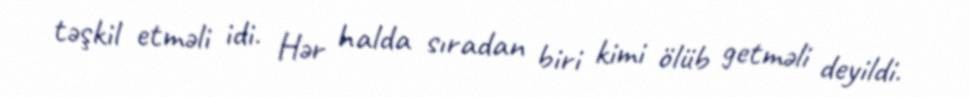
təşkil etməli idi. Hər halda sıradan biri kimi ölüb getməli deyildi.